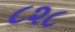
૮૨૮